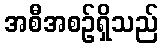
အစီအစဉ်ရှိသည်